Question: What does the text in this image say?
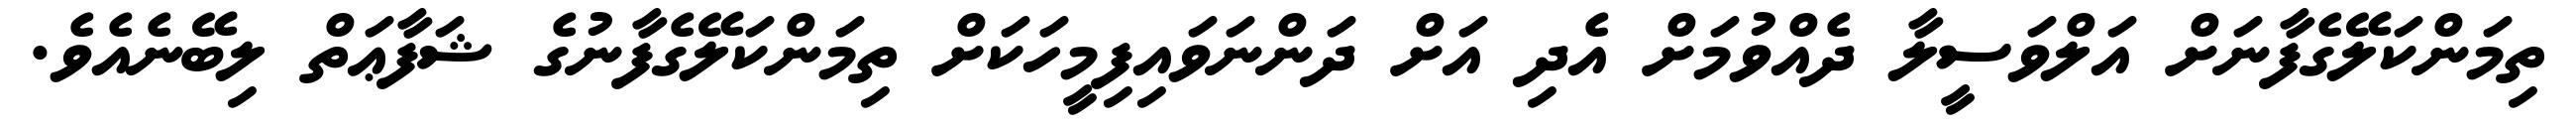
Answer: ތިމަންކަލޭގެފާނަށް އަލްވަސީލާ ދެއްވުމަށް އެދި އަށް ދަންނަވައިފިމީހަކަށް ތިމަންކަލޭގެފާނުގެ ޝަފާޢަތް ލިބޭނެއެވެ.